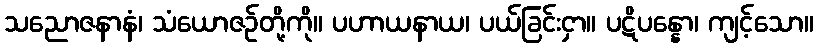
သညောဇနာနံ၊ သံယောဇဉ်တို့ကို။ ပဟာယနာယ၊ ပယ်ခြင်းငှာ။ ပဋိပန္နော၊ ကျင့်သော။